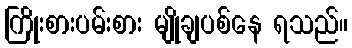
ကြိုးစားပမ်းစား မျိုချပစ်နေ ရသည်။